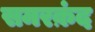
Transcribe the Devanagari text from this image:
समरक़ंद